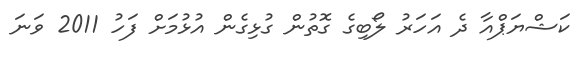
ކަޝްޔަޕްއާ ދެ އަހަރު ލޯބިގެ ގޮތުން ގުޅިގެން އުޅުމަށް ފަހު 2011 ވަނަ